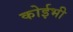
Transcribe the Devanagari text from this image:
कोईभी